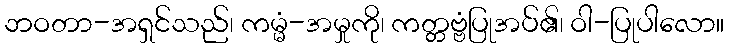
ဘဝတာ-အရှင်သည်၊ ကမ္မံ-အမှုကို၊ ကတ္တဗ္ဗံပြုအပ်၏၊ ဝါ-ပြုပါလော။